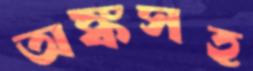
অঙ্কসহ